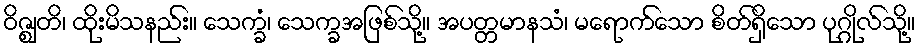
ဝိဇ္ဈတိ၊ ထိုးမိသနည်း။ သေက္ခံ၊ သေက္ခအဖြစ်သို့။ အပတ္တမာနသံ၊ မရောက်သော စိတ်ရှိသော ပုဂ္ဂိုလ်သို့။